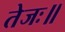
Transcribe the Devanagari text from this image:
तेजः॥